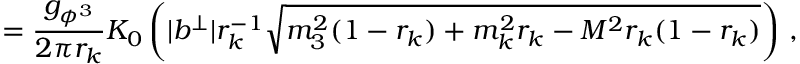
= \frac { g _ { \phi ^ { 3 } } } { 2 \pi r _ { k } } K _ { 0 } \left( | b ^ { \perp } | r _ { k } ^ { - 1 } \sqrt { m _ { 3 } ^ { 2 } ( 1 - r _ { k } ) + m _ { k } ^ { 2 } r _ { k } - M ^ { 2 } r _ { k } ( 1 - r _ { k } ) } \right) \, ,